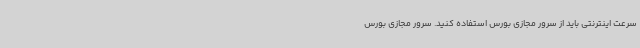
سرعت اینترنتی باید از سرور مجازی بورس استفاده کنید. سرور مجازی بورس